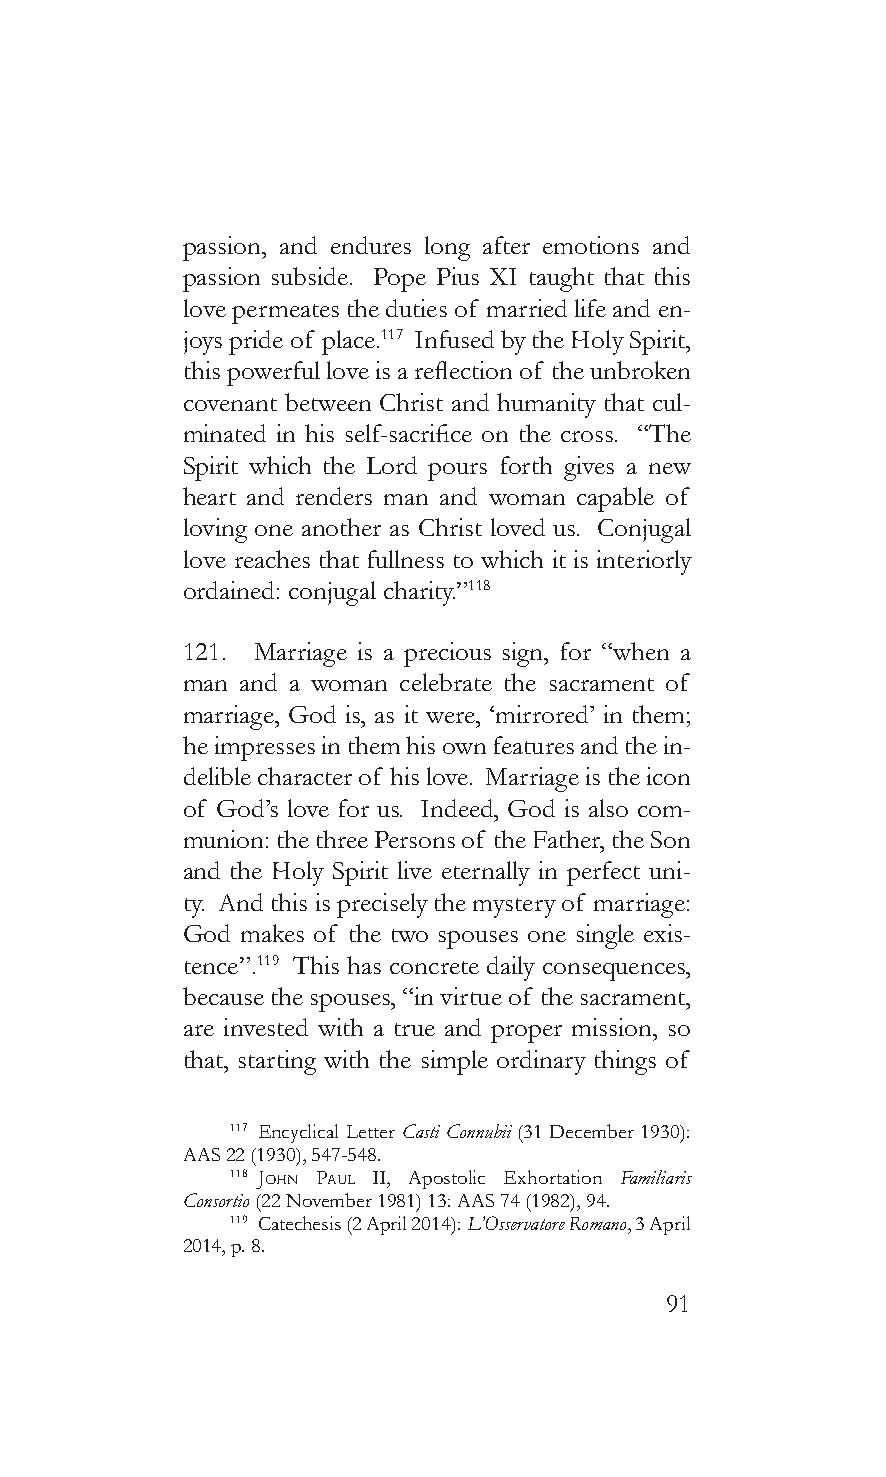
passion, and endures long after emotions and
 passion subside. Pope Pius XI taught that this
 love permeates the duties of married life and en-
 joys pride of place.117 Infused by the Holy Spirit,
 this powerful love is a reflection of the unbroken
 covenant between Christ and humanity that cul-
 minated in his self-sacrifice on the cross. “The
 Spirit which the Lord pours forth gives a new
 heart and renders man and woman capable of
 loving one another as Christ loved us. Conjugal
 love reaches that fullness to which it is interiorly
 ordained: conjugal charity.”118
 121. Marriage is a precious sign, for “when a
 man and a woman celebrate the sacrament of
 marriage, God is, as it were, ‘mirrored’ in them;
 he impresses in them his own features and the in-
 delible character of his love. Marriage is the icon
 of God’s love for us. Indeed, God is also com-
 munion: the three Persons of the Father, the Son
 and the Holy Spirit live eternally in perfect uni-
 ty. And this is precisely the mystery of marriage:
 God makes of the two spouses one single exis-
 tence”.119 This has concrete daily consequences,
 because the spouses, “in virtue of the sacrament,
 are invested with a true and proper mission, so
 that, starting with the simple ordinary things of
 117 Encyclical Letter Casti Connubii (31 December 1930):
 AAS 22 (1930), 547-548.
 118 John pauL II, Apostolic Exhortation Familiaris
 Consortio (22 November 1981) 13: AAS 74 (1982), 94.
 119 Catechesis (2 April 2014): L’Osservatore Romano, 3 April
 2014, p. 8.
 91